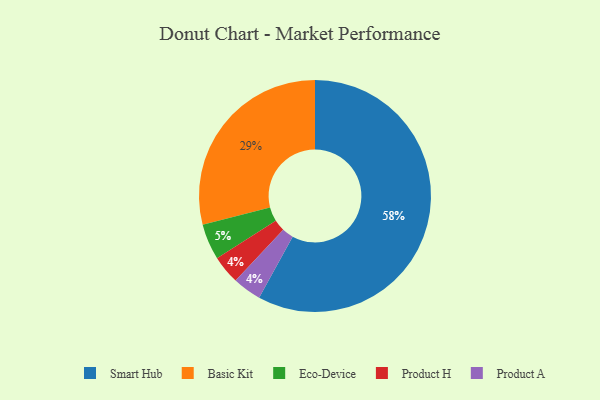
{"axis": {"x": "Category", "y": "Percentage"}, "legend": ["Basic Kit", "Eco-Device", "Product A", "Product H", "Smart Hub"], "data": [{"x": "Smart Hub", "y": 58, "type": "Smart Hub"}, {"x": "Product H", "y": 4, "type": "Product H"}, {"x": "Eco-Device", "y": 5, "type": "Eco-Device"}, {"x": "Product A", "y": 4, "type": "Product A"}, {"x": "Basic Kit", "y": 29, "type": "Basic Kit"}]}